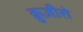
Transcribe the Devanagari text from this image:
क्रुज़ीरो